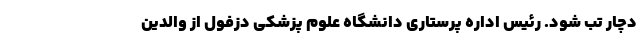
دچار تب شود. رئیس اداره پرستاری دانشگاه علوم پزشکی دزفول از والدین